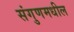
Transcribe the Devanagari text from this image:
संगुणमधील